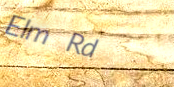
Elm Rd